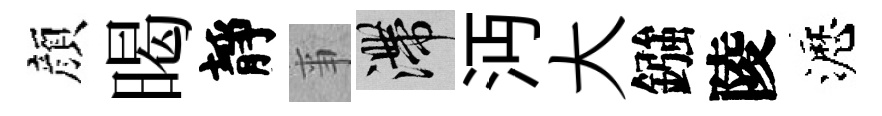
顔暍靜亊滯沔大鏹陵瀝